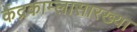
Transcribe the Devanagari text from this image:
केंद्रकाम्लासारख्या